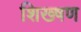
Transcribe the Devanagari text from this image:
शिख्षण